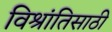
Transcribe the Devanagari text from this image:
विश्रांतिसाठी